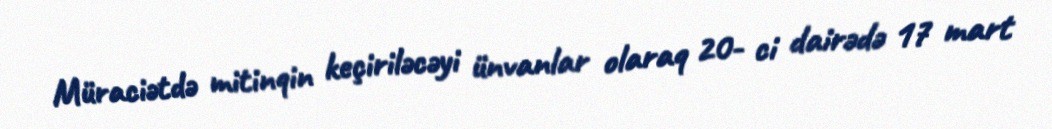
Müraciətdə mitinqin keçiriləcəyi ünvanlar olaraq 20- ci dairədə 17 mart